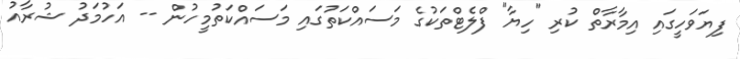
ފިޔަވަހީގައި އިމާރާތް ކުރި "ހިޔާ" ފްލެޓްތަކުގެ މަސައްކަތުގައި މަސައްކަތުމީހުން -- އަހުމަދު ޝުރާއު